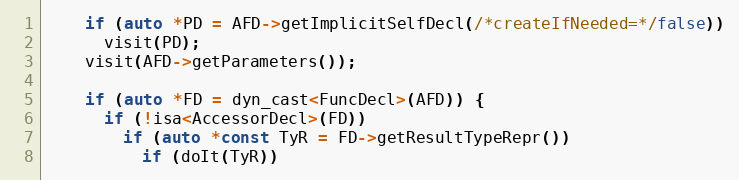
Language: C++
    if (auto *PD = AFD->getImplicitSelfDecl(/*createIfNeeded=*/false))
      visit(PD);
    visit(AFD->getParameters());

    if (auto *FD = dyn_cast<FuncDecl>(AFD)) {
      if (!isa<AccessorDecl>(FD))
        if (auto *const TyR = FD->getResultTypeRepr())
          if (doIt(TyR))